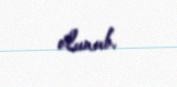
olunub.